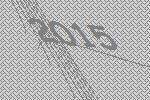
2015